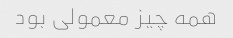
همه چیز معمولی بود